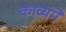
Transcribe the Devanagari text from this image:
काव्यमें